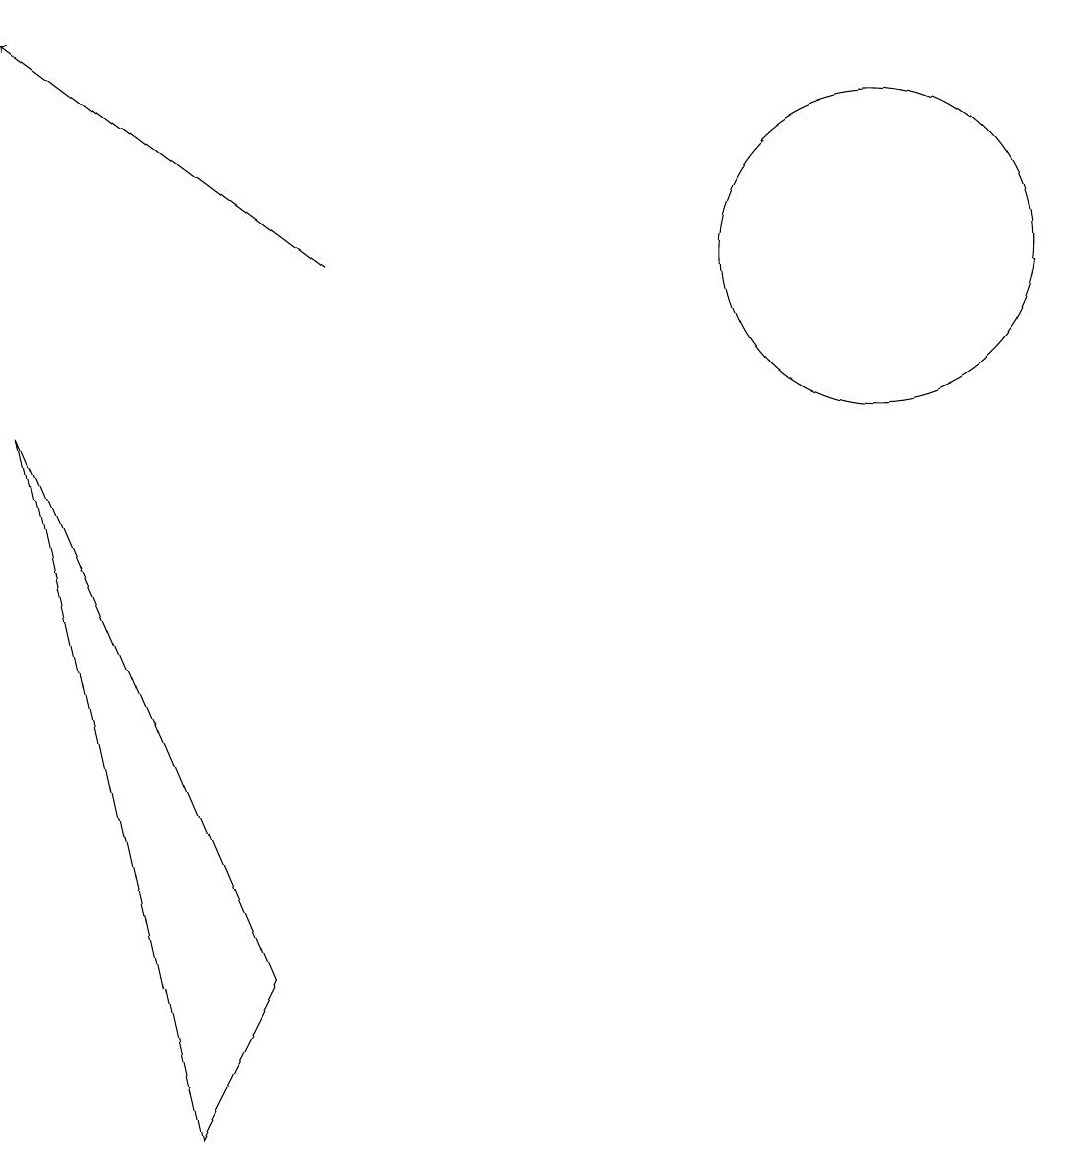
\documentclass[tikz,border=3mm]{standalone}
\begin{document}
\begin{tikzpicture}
\draw[->] (4,11) -- (0,14);
\draw (3,2) -- (2,0) -- (0,9) -- cycle;
\draw (11,11) circle (2);
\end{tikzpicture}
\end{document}